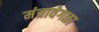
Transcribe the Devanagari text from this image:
मंत्रावेगळा